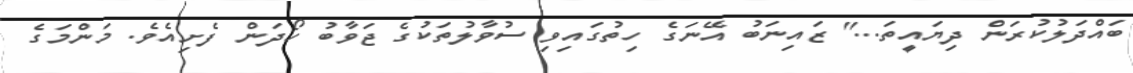
ބައްދަލުކުރަން ދިޔައީތަ...'' ޒައިނަބު އޭނަގެ ހިތުގައިވި ސުވާލުތަކުގެ ޖަވާބު ހޯދަން ފެށިއެވެ. މަންމަގެ